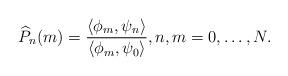
LaTeX: \begin{align*}\widehat{P}_n(m)=\frac{\langle\phi_m,\psi_n\rangle}{\langle\phi_m,\psi_0\rangle},n,m=0,\ldots,N.\end{align*}